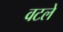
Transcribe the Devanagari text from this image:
वटले